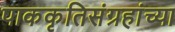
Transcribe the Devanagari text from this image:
पाककृतिसंग्रहांच्या